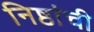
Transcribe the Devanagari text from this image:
निष्ठांची